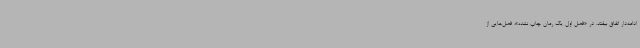
ادامه‌دار اتفاق بیفتد. در «فصل اول یک رمان چاپ نشده»، فصل‌هایی از